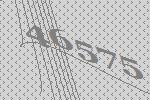
46575